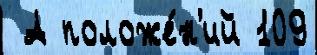
 А положе́н'ий 109